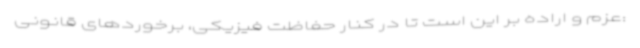
:عزم و اراده بر این است تا در کنار حفاظت فیزیکی، برخوردهای قانونی